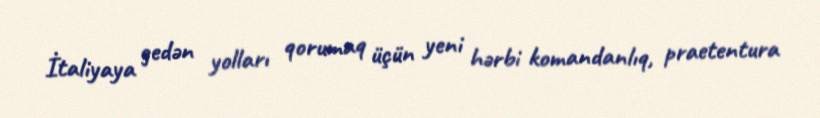
İtaliyaya gedən yolları qorumaq üçün yeni hərbi komandanlıq, praetentura